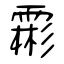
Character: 霦